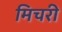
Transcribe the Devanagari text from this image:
मिचरी